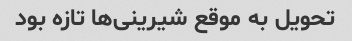
تحویل به موقع شیرینی‌ها تازه بود